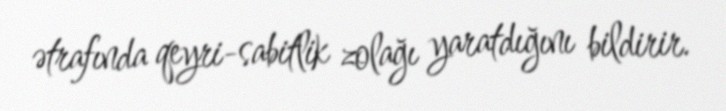
ətrafında qeyri-sabitlik zolağı yaratdığını bildirir.